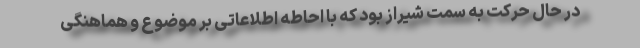
در حال حرکت به سمت شیراز بود که با احاطه اطلاعاتی بر موضوع و هماهنگی